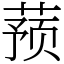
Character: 蓣